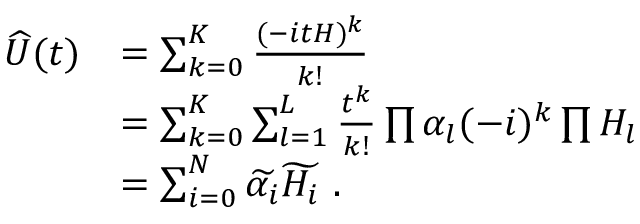
\begin{array} { r l } { \widehat { U } ( t ) } & { = \sum _ { k = 0 } ^ { K } \frac { ( - i t H ) ^ { k } } { k ! } } \\ & { = \sum _ { k = 0 } ^ { K } \sum _ { l = 1 } ^ { L } \frac { t ^ { k } } { k ! } \prod \alpha _ { l } ( - i ) ^ { k } \prod H _ { l } } \\ & { = \sum _ { i = 0 } ^ { N } \widetilde { \alpha _ { i } } \widetilde { H _ { i } } ~ . } \end{array}